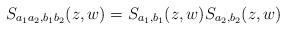
LaTeX: \begin{align*}S_{a_1a_2,b_1b_2}(z,w) = S_{a_1,b_1}(z,w)S_{a_2,b_2}(z,w)\end{align*}